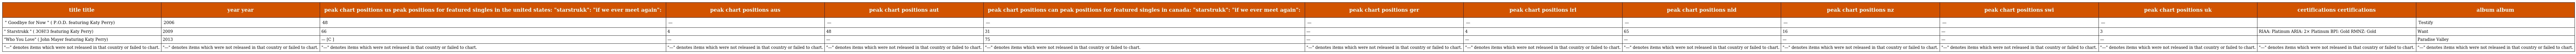
| title title | year year | peak chart positions us peak positions for featured singles in the united states: "starstrukk": "if we ever meet again": | peak chart positions aus | peak chart positions aut | peak chart positions can peak positions for featured singles in canada: "starstrukk": "if we ever meet again": | peak chart positions ger | peak chart positions irl | peak chart positions nld | peak chart positions nz | peak chart positions swi | peak chart positions uk | certifications certifications | album album |
 | --- | --- | --- | --- | --- | --- | --- | --- | --- | --- | --- | --- | --- | --- |
 | " Goodbye for Now " ( P.O.D. featuring Katy Perry) | 2006 | 48 | — | — | — | — | — | — | — | — | — |  | Testify |
 | " Starstrukk " ( 3OH!3 featuring Katy Perry) | 2009 | 66 | 4 | 48 | 31 | — | 4 | 65 | 16 | — | 3 | RIAA: Platinum ARIA: 2× Platinum BPI: Gold RMNZ: Gold | Want |
 | "Who You Love" ( John Mayer featuring Katy Perry) | 2013 | — [C ] | — | — | 75 | — | — | — | — | — | — |  | Paradise Valley |
 | "—" denotes items which were not released in that country or failed to chart. | "—" denotes items which were not released in that country or failed to chart. | "—" denotes items which were not released in that country or failed to chart. | "—" denotes items which were not released in that country or failed to chart. | "—" denotes items which were not released in that country or failed to chart. | "—" denotes items which were not released in that country or failed to chart. | "—" denotes items which were not released in that country or failed to chart. | "—" denotes items which were not released in that country or failed to chart. | "—" denotes items which were not released in that country or failed to chart. | "—" denotes items which were not released in that country or failed to chart. | "—" denotes items which were not released in that country or failed to chart. | "—" denotes items which were not released in that country or failed to chart. | "—" denotes items which were not released in that country or failed to chart. | "—" denotes items which were not released in that country or failed to chart. |